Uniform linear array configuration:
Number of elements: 16
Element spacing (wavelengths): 0.5
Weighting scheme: exponential
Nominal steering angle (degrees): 45
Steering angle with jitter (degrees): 43.568
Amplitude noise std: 0.05
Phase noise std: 0.05

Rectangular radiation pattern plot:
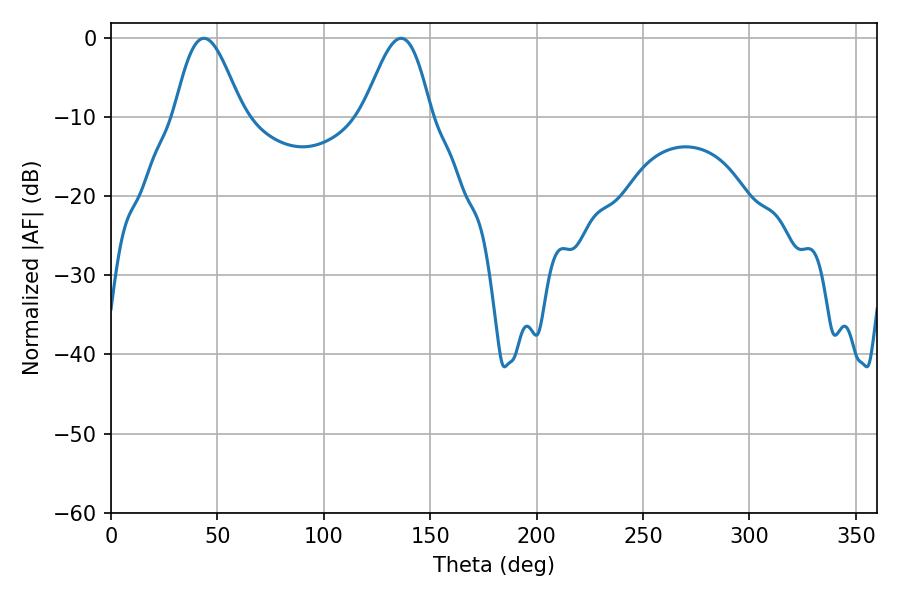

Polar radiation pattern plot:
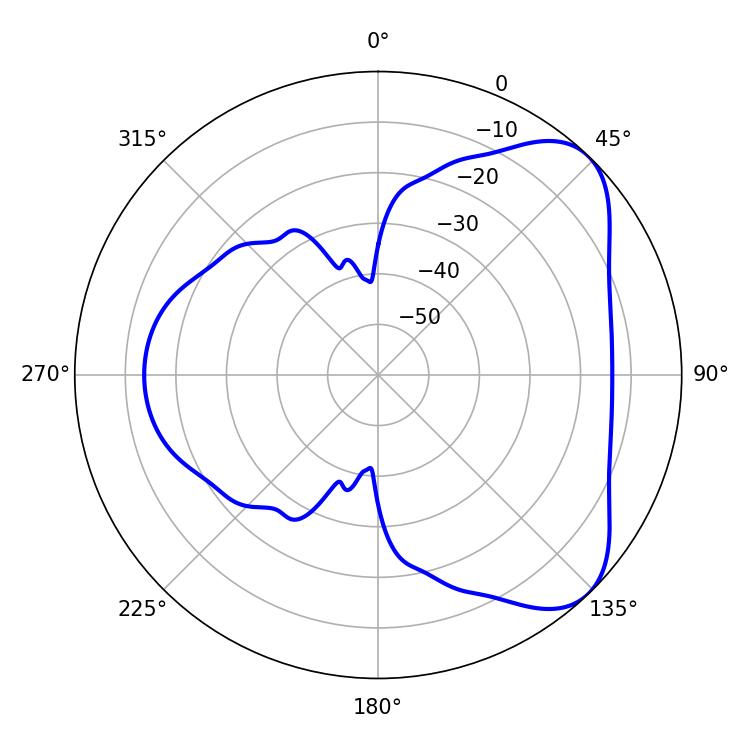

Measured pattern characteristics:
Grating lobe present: FALSE
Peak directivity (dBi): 6.165
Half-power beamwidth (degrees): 16.92
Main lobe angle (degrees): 43.74